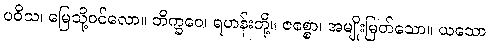
ပဝိသ၊ မြေသို့ဝင်လော။ ဘိက္ခဝေ၊ ရဟန်းတို့။ ဇစ္စော၊ အမျိုးမြတ်သော။ ယသော